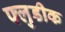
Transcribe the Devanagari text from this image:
फ्लुडीक